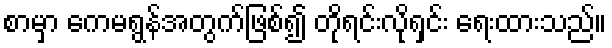
စာမှာ ကေမရွန်အတွက်ဖြစ်၍ တိုရင်းလိုရှင်း ရေးထားသည်။